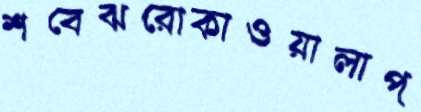
শবেঝরোকাওয়ালাপ্